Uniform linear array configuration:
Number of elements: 24
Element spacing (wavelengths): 1
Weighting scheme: cosine
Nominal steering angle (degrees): -60
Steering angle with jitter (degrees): -58.903
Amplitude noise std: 0.05
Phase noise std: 0.05

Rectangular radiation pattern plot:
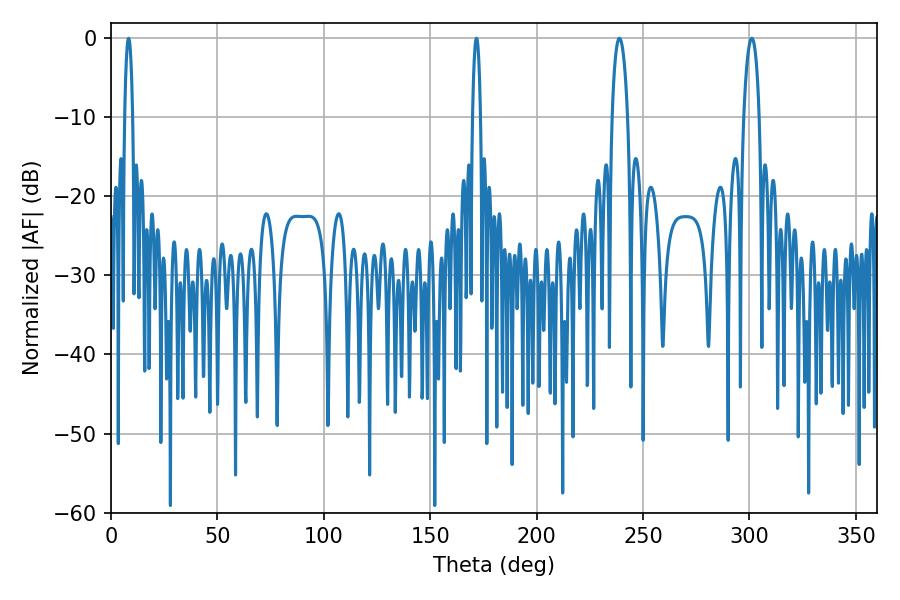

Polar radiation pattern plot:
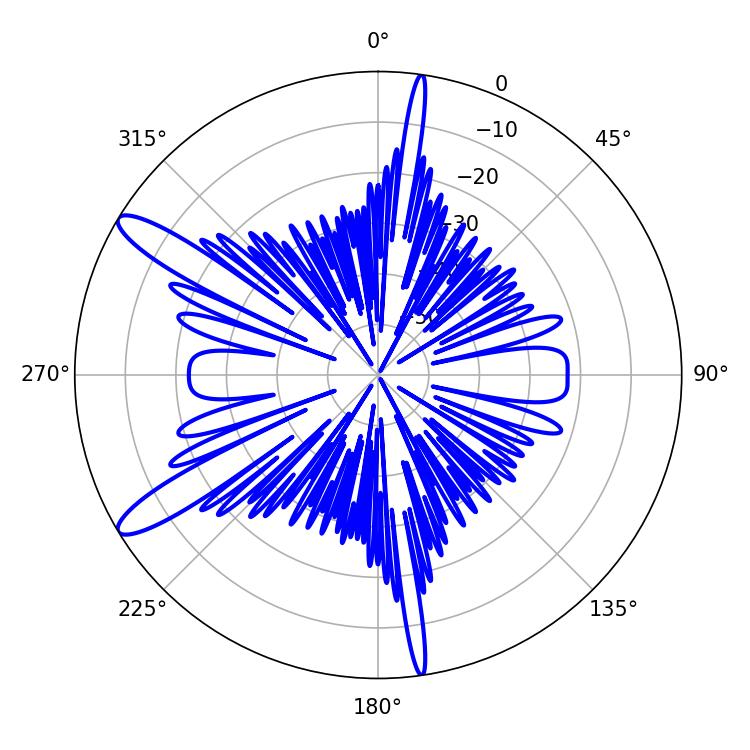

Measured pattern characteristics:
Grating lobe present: TRUE
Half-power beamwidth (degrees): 2.16
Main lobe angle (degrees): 8.28